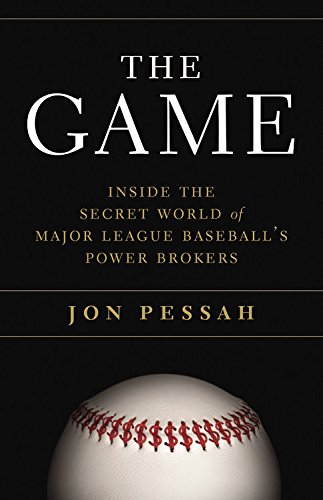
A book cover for The Game: Inside the Secret World of Major League Baseball's Power Brokers; Jon Pessah; Business & Money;